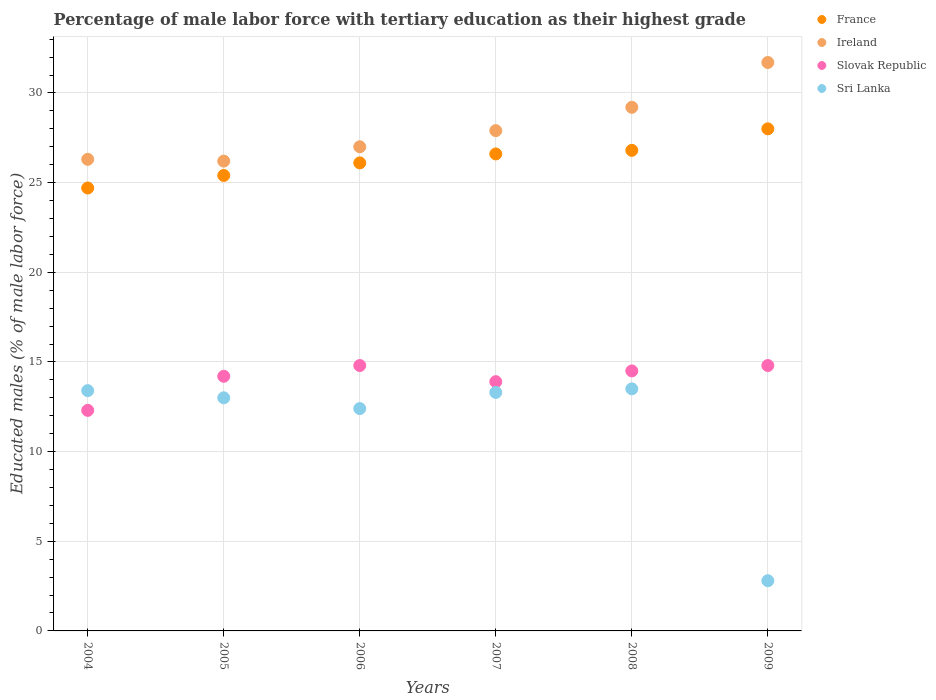
| Years | France | Ireland | Slovak Republic | Sri Lanka |
 | --- | --- | --- | --- | --- |
 | 2004 | 24.7 | 26.3 | 12.3 | 13.4 |
 | 2005 | 25.4 | 26.2 | 14.2 | 13 |
 | 2006 | 26.1 | 27 | 14.8 | 12.4 |
 | 2007 | 26.6 | 27.9 | 13.9 | 13.3 |
 | 2008 | 26.8 | 29.2 | 14.5 | 13.5 |
 | 2009 | 28 | 31.7 | 14.8 | 2.8 |